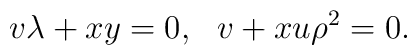
v\lambda + xy=0,~~v+xu\rho^2=0.